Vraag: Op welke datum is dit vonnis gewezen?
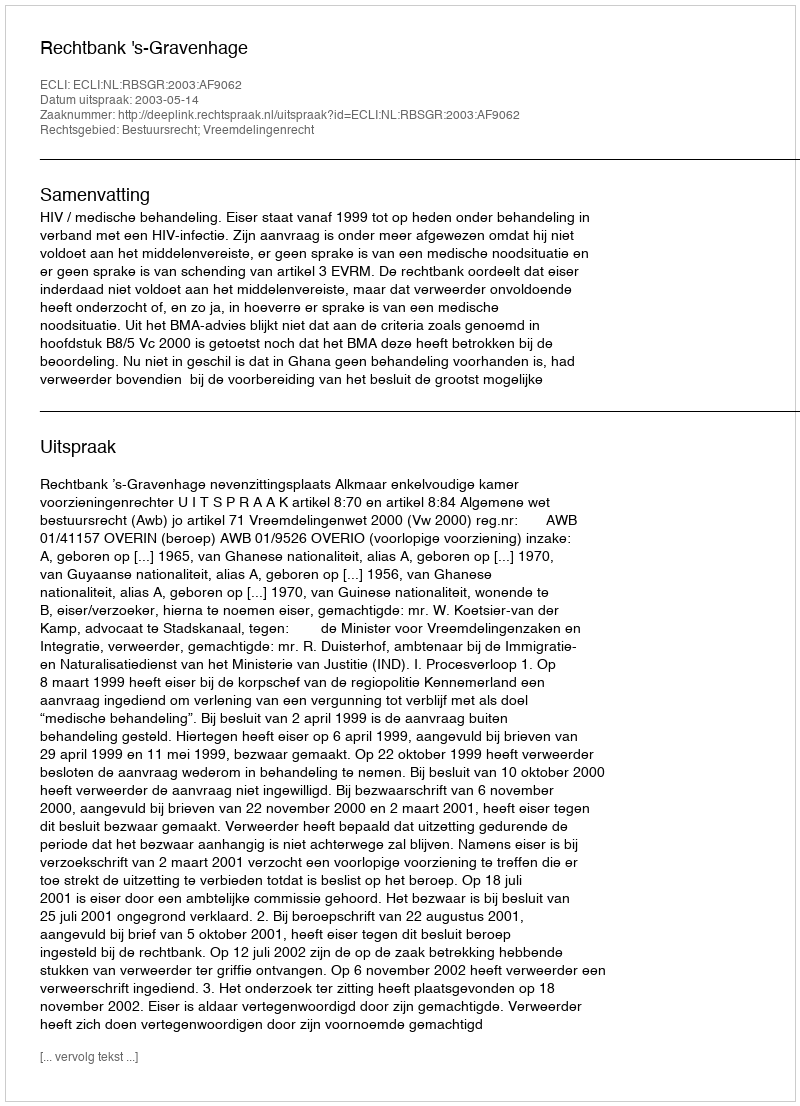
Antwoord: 2003-05-14